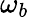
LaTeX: \omega_{b}